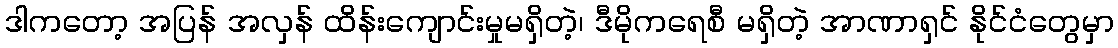
ဒါကတော့ အပြန် အလှန် ထိန်းကျောင်းမှုမရှိတဲ့၊ ဒီမိုကရေစီ မရှိတဲ့ အာဏာရှင် နိုင်ငံတွေမှာ